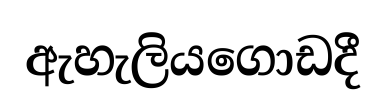
ඇහැලියගොඩදී